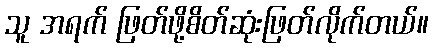
သူ အရက် ဖြတ်ဖို့စိတ်ဆုံးဖြတ်လိုက်တယ်။